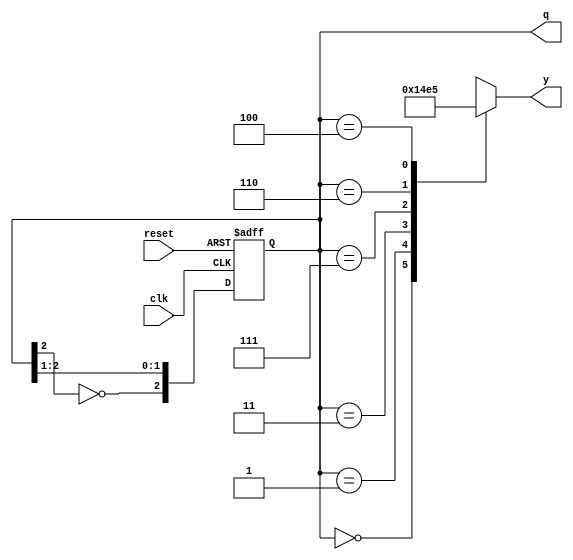
module johnson_counter (
    input wire clk,            // Clock input
    input wire reset,          // Asynchronous reset
    output reg [2:0] q,        // 3-bit output representing the state
    output reg [2:0] y         // Output based on the state (Moore output)
);

    // State transition on clock edge
    always @(posedge clk or posedge reset) begin
        if (reset) begin
            q <= 3'b000;       // Initialize to the first state on reset
        end else begin
            q <= {~q[2], q[2:1]}; // Shift right with inverted feedback
        end
    end

    // Moore output logic
    always @(*) begin
        case (q)
            3'b000: y = 3'b000; // State 0: Output 0
            3'b001: y = 3'b001; // State 1: Output 1
            3'b011: y = 3'b010; // State 2: Output 2
            3'b111: y = 3'b011; // State 3: Output 3
            3'b110: y = 3'b100; // State 4: Output 4
            3'b100: y = 3'b101; // State 5: Output 5
            default: y = 3'bxxx; // Undefined state (should not occur)
        endcase
    end

endmodule